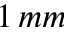
1 \, m m